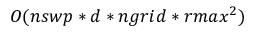
O ( n s w p * d * n g r i d * r m a x ^ { 2 } )